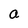
Character: a